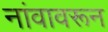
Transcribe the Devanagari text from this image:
नांवावरून